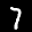
Label: 7